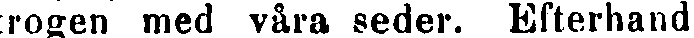
trogen med våra seder. Efterhand